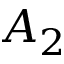
A _ { 2 }